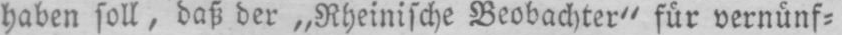
haben soll, daß der „Rheinische Beobachter“ für vernünf⸗